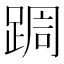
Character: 𮛩